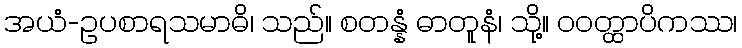
အယံ-ဥပစာရသမာဓိ၊ သည်။ စတန္နံ ဓာတူနံ၊ သို့။ ဝဝတ္ထာပိကဿ၊